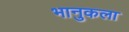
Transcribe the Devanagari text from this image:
भानुकला